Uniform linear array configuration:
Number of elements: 32
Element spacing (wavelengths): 0.75
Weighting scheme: exponential
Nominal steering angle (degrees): -45
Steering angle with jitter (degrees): -43.495
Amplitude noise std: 0.05
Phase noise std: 0.05

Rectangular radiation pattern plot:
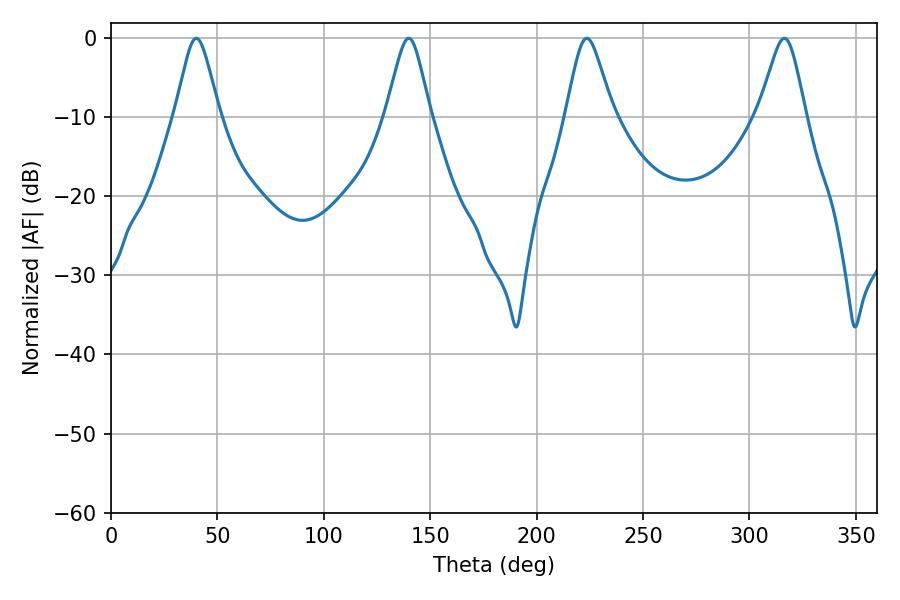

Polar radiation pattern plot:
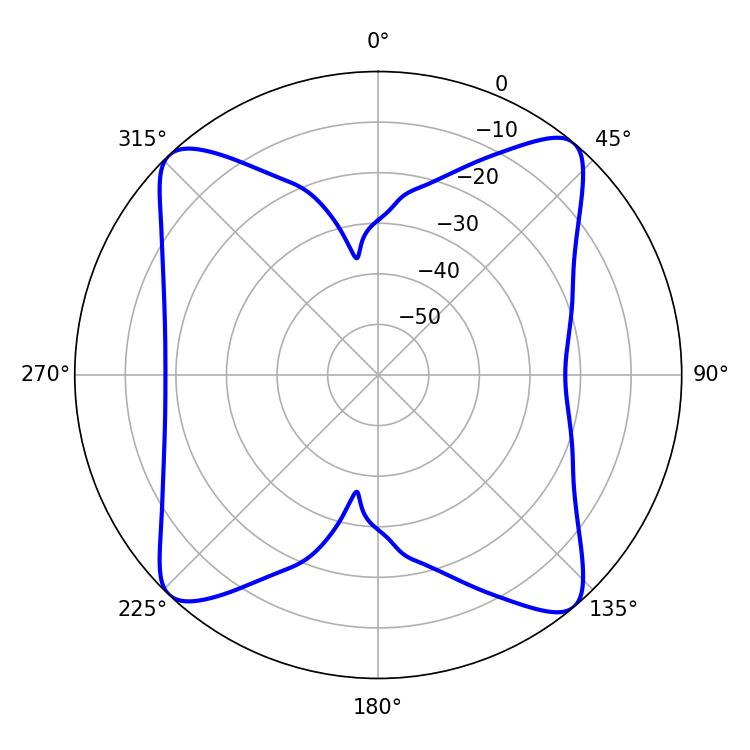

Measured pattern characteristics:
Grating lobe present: TRUE
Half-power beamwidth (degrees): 10.62
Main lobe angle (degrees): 223.56